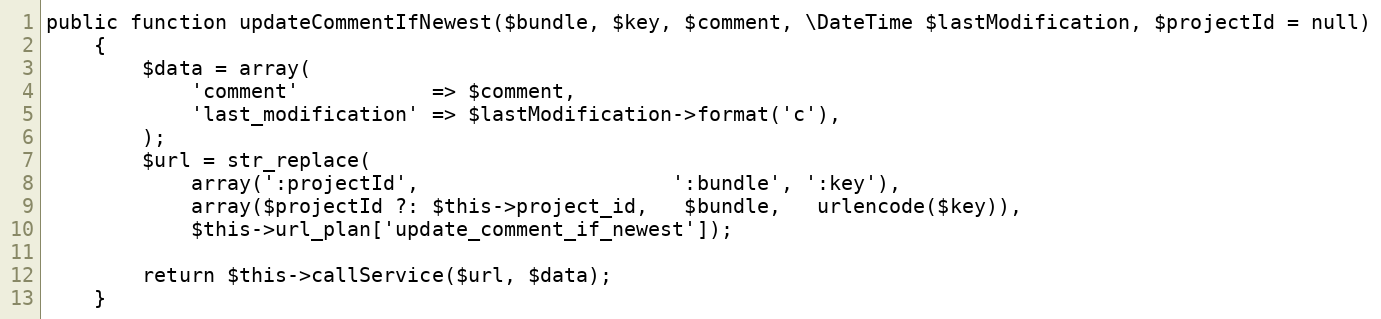
Language: PHP
public function updateCommentIfNewest($bundle, $key, $comment, \DateTime $lastModification, $projectId = null)
    {
        $data = array(
            'comment'           => $comment,
            'last_modification' => $lastModification->format('c'),
        );
        $url = str_replace(
            array(':projectId',                     ':bundle', ':key'),
            array($projectId ?: $this->project_id,   $bundle,   urlencode($key)),
            $this->url_plan['update_comment_if_newest']);

        return $this->callService($url, $data);
    }